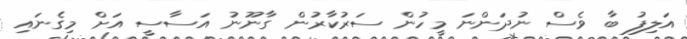
އަލިފު ބާ ވެސް ނުދަންނަ މީހުން ސަރުކާރުން ގާނޫނު އަސާސީ އަށް މިގެނައި